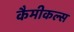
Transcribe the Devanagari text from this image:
कैमीकल्स